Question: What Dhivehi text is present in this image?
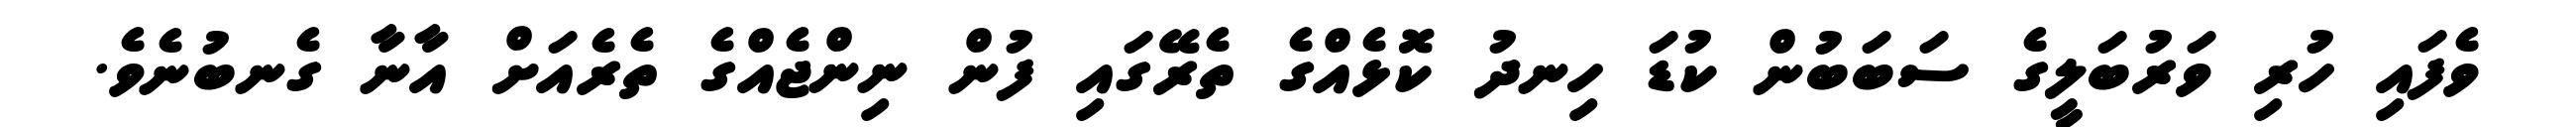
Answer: ވެފައި ހުރި ވަރުބަލީގެ ސަބަބުން ކުޑަ ހިނދު ކޮޅެއްގެ ތެރޭގައި ފުން ނިންޖެއްގެ ތެރެއަށް އާނާ ގެނބުނެވެ.